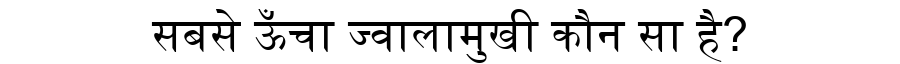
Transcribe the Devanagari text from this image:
सबसे ऊँचा ज्वालामुखी कौन सा है?